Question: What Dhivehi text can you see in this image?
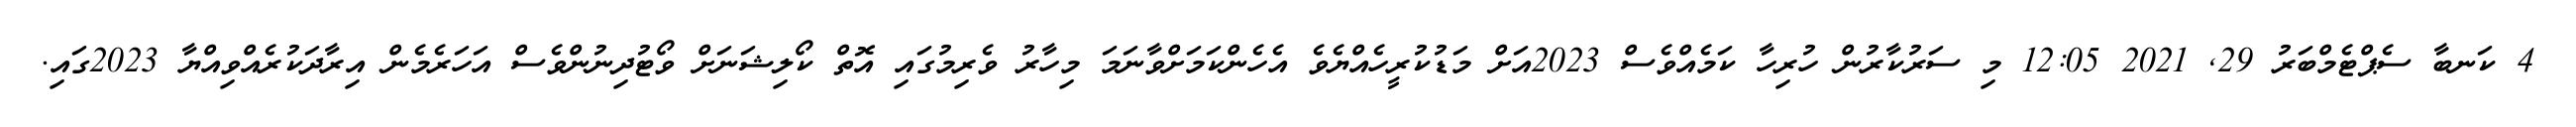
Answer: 4 ކަނބާ ސެޕްޓެމްބަރު 29, 2021 12:05 މި ސަރުކާރުން ހުރިހާ ކަމެއްވެސް 2023އަށް މަޑުކުރީހެއްޔެވެ އެހެންކަމަށްވާނަމަ މިހާރު ވެރިމުގައި އޮތް ކޯލިޝަނަށް ވޯޓުދިނުންވެސް އަހަރެމެން އިރާދަކުރެއްވިއްޔާ 2023ގައި.